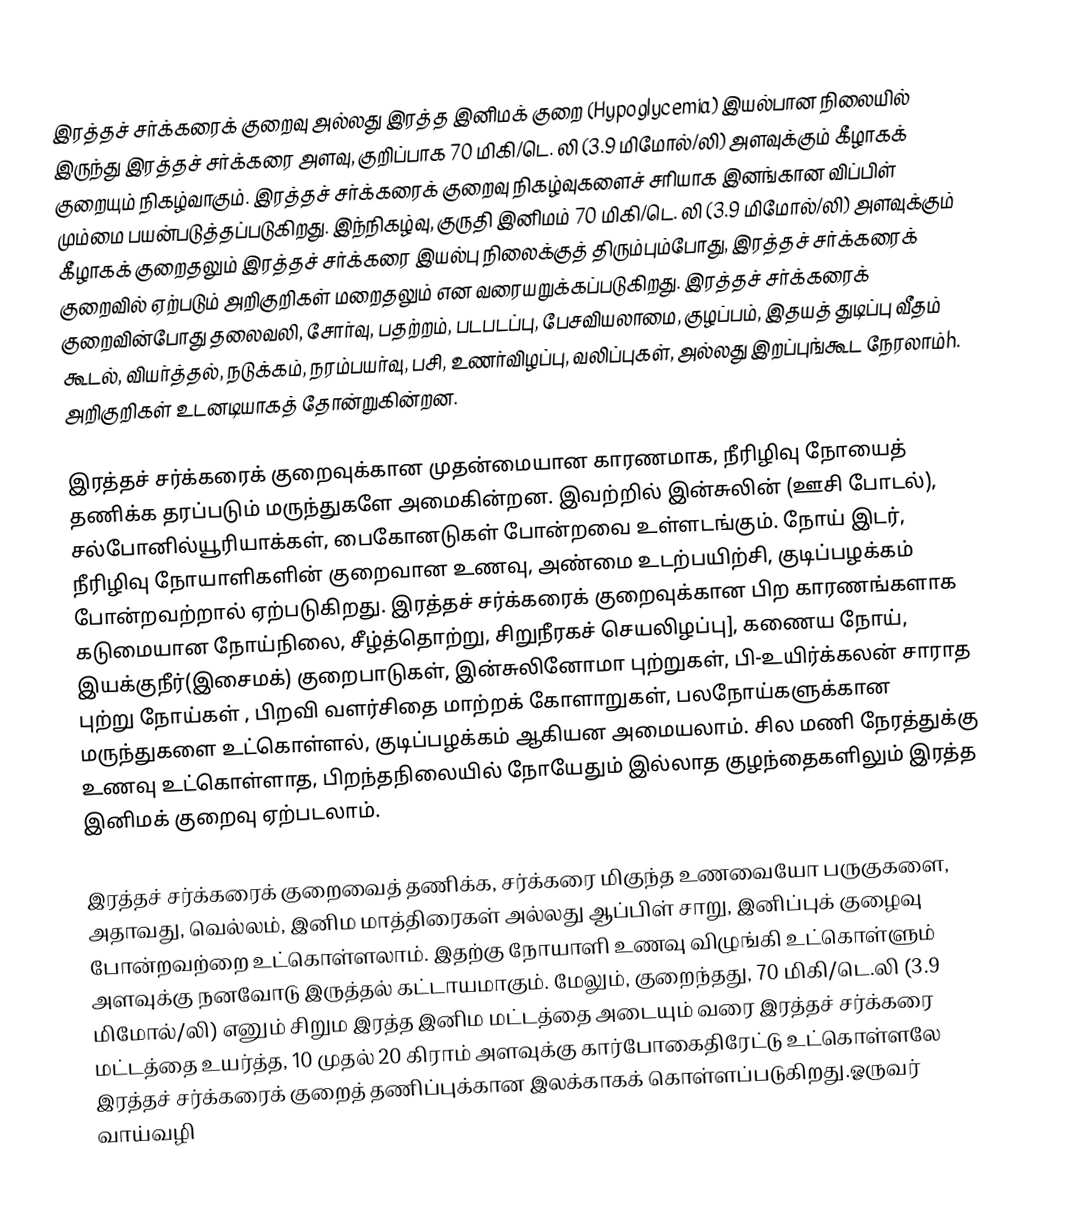
இரத்தச் சர்க்கரைக் குறைவு அல்லது  இரத்த இனிமக் குறை  (Hypoglycemia)  இயல்பான நிலையில் இருந்து இரத்தச் சர்க்கரை அளவு, குறிப்பாக 70 மிகி/டெ. லி (3.9 மிமோல்/லி) அளவுக்கும் கீழாகக் குறையும் நிகழ்வாகும். இரத்தச் சர்க்கரைக் குறைவு நிகழ்வுகளைச் சரியாக இனங்கான  விப்பிள் மும்மை பயன்படுத்தப்படுகிறது.  இந்நிகழ்வு, குருதி இனிமம் 70 மிகி/டெ. லி (3.9 மிமோல்/லி) அளவுக்கும் கீழாகக் குறைதலும் இரத்தச் சர்க்கரை இயல்பு நிலைக்குத் திரும்பும்போது,  இரத்தச் சர்க்கரைக் குறைவில் ஏற்படும் அறிகுறிகள் மறைதலும் என வரையறுக்கப்படுகிறது. இரத்தச்  சர்க்கரைக் குறைவின்போது தலைவலி, சோர்வு, பதற்றம், படபடப்பு, பேசவியலாமை, குழப்பம்,  இதயத் துடிப்பு வீதம் கூடல், வியர்த்தல், நடுக்கம், நரம்பயர்வு, பசி,  உணர்விழப்பு,  வலிப்புகள்,  அல்லது இறப்புங்கூட  நேரலாம்h.  அறிகுறிகள் உடனடியாகத் தோன்றுகின்றன.

இரத்தச் சர்க்கரைக் குறைவுக்கான முதன்மையான காரணமாக, நீரிழிவு நோயைத் தணிக்க தரப்படும் மருந்துகளே அமைகின்றன.  இவற்றில்  இன்சுலின் (ஊசி போடல்), சல்போனில்யூரியாக்கள், பைகோனடுகள் போன்றவை உள்ளடங்கும். நோய் இடர், நீரிழிவு நோயாளிகளின் குறைவான உணவு, அண்மை உடற்பயிற்சி,  குடிப்பழக்கம் போன்றவற்றால் ஏற்படுகிறது. இரத்தச் சர்க்கரைக் குறைவுக்கான பிற காரணங்களாக கடுமையான நோய்நிலை, சீழ்த்தொற்று, சிறுநீரகச் செயலிழப்பு], கணைய நோய், இயக்குநீர்(இசைமக்) குறைபாடுகள், இன்சுலினோமா புற்றுகள், பி-உயிர்க்கலன் சாராத புற்று நோய்கள் , பிறவி வளர்சிதை மாற்றக் கோளாறுகள், பலநோய்களுக்கான மருந்துகளை உட்கொள்ளல், குடிப்பழக்கம் ஆகியன அமையலாம். சில மணி நேரத்துக்கு உணவு உட்கொள்ளாத, பிறந்தநிலையில் நோயேதும் இல்லாத குழந்தைகளிலும் இரத்த இனிமக் குறைவு ஏற்படலாம்.

இரத்தச் சர்க்கரைக் குறைவைத் தணிக்க, சர்க்கரை மிகுந்த உணவையோ பருகுகளை, அதாவது, வெல்லம், இனிம மாத்திரைகள் அல்லது ஆப்பிள் சாறு, இனிப்புக் குழைவு போன்றவற்றை உட்கொள்ளலாம்.  இதற்கு நோயாளி உணவு விழுங்கி உட்கொள்ளும் அளவுக்கு நனவோடு இருத்தல் கட்டாயமாகும். மேலும், குறைந்தது, 70 மிகி/டெ.லி (3.9 மிமோல்/லி) எனும் சிறும இரத்த இனிம மட்டத்தை அடையும் வரை இரத்தச் சர்க்கரை மட்டத்தை உயர்த்த, 10 முதல் 20 கிராம் அளவுக்கு கார்போகைதிரேட்டு உட்கொள்ளலே இரத்தச் சர்க்கரைக் குறைத் தணிப்புக்கான இலக்காகக் கொள்ளப்படுகிறது.ஓருவர் வாய்வழி